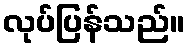
လုပ်ပြန်သည်။